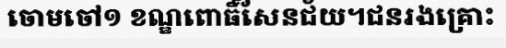
ចោមចៅ១ ខណ្ឌពោធិ៍សែនជ័យ។ជនរងគ្រោះ